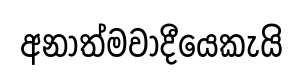
අනාත්මවාදීයෙකැයි